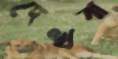
দেখবা